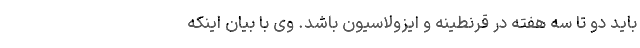
باید دو تا سه هفته در قرنطینه و ایزولاسیون باشد. وی با بیان اینکه